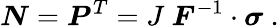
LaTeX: {\boldsymbol{N}}={\boldsymbol{P}}^{T}=J~{\boldsymbol{F}}^{-1}\cdot{\boldsymbol{\sigma}}~.